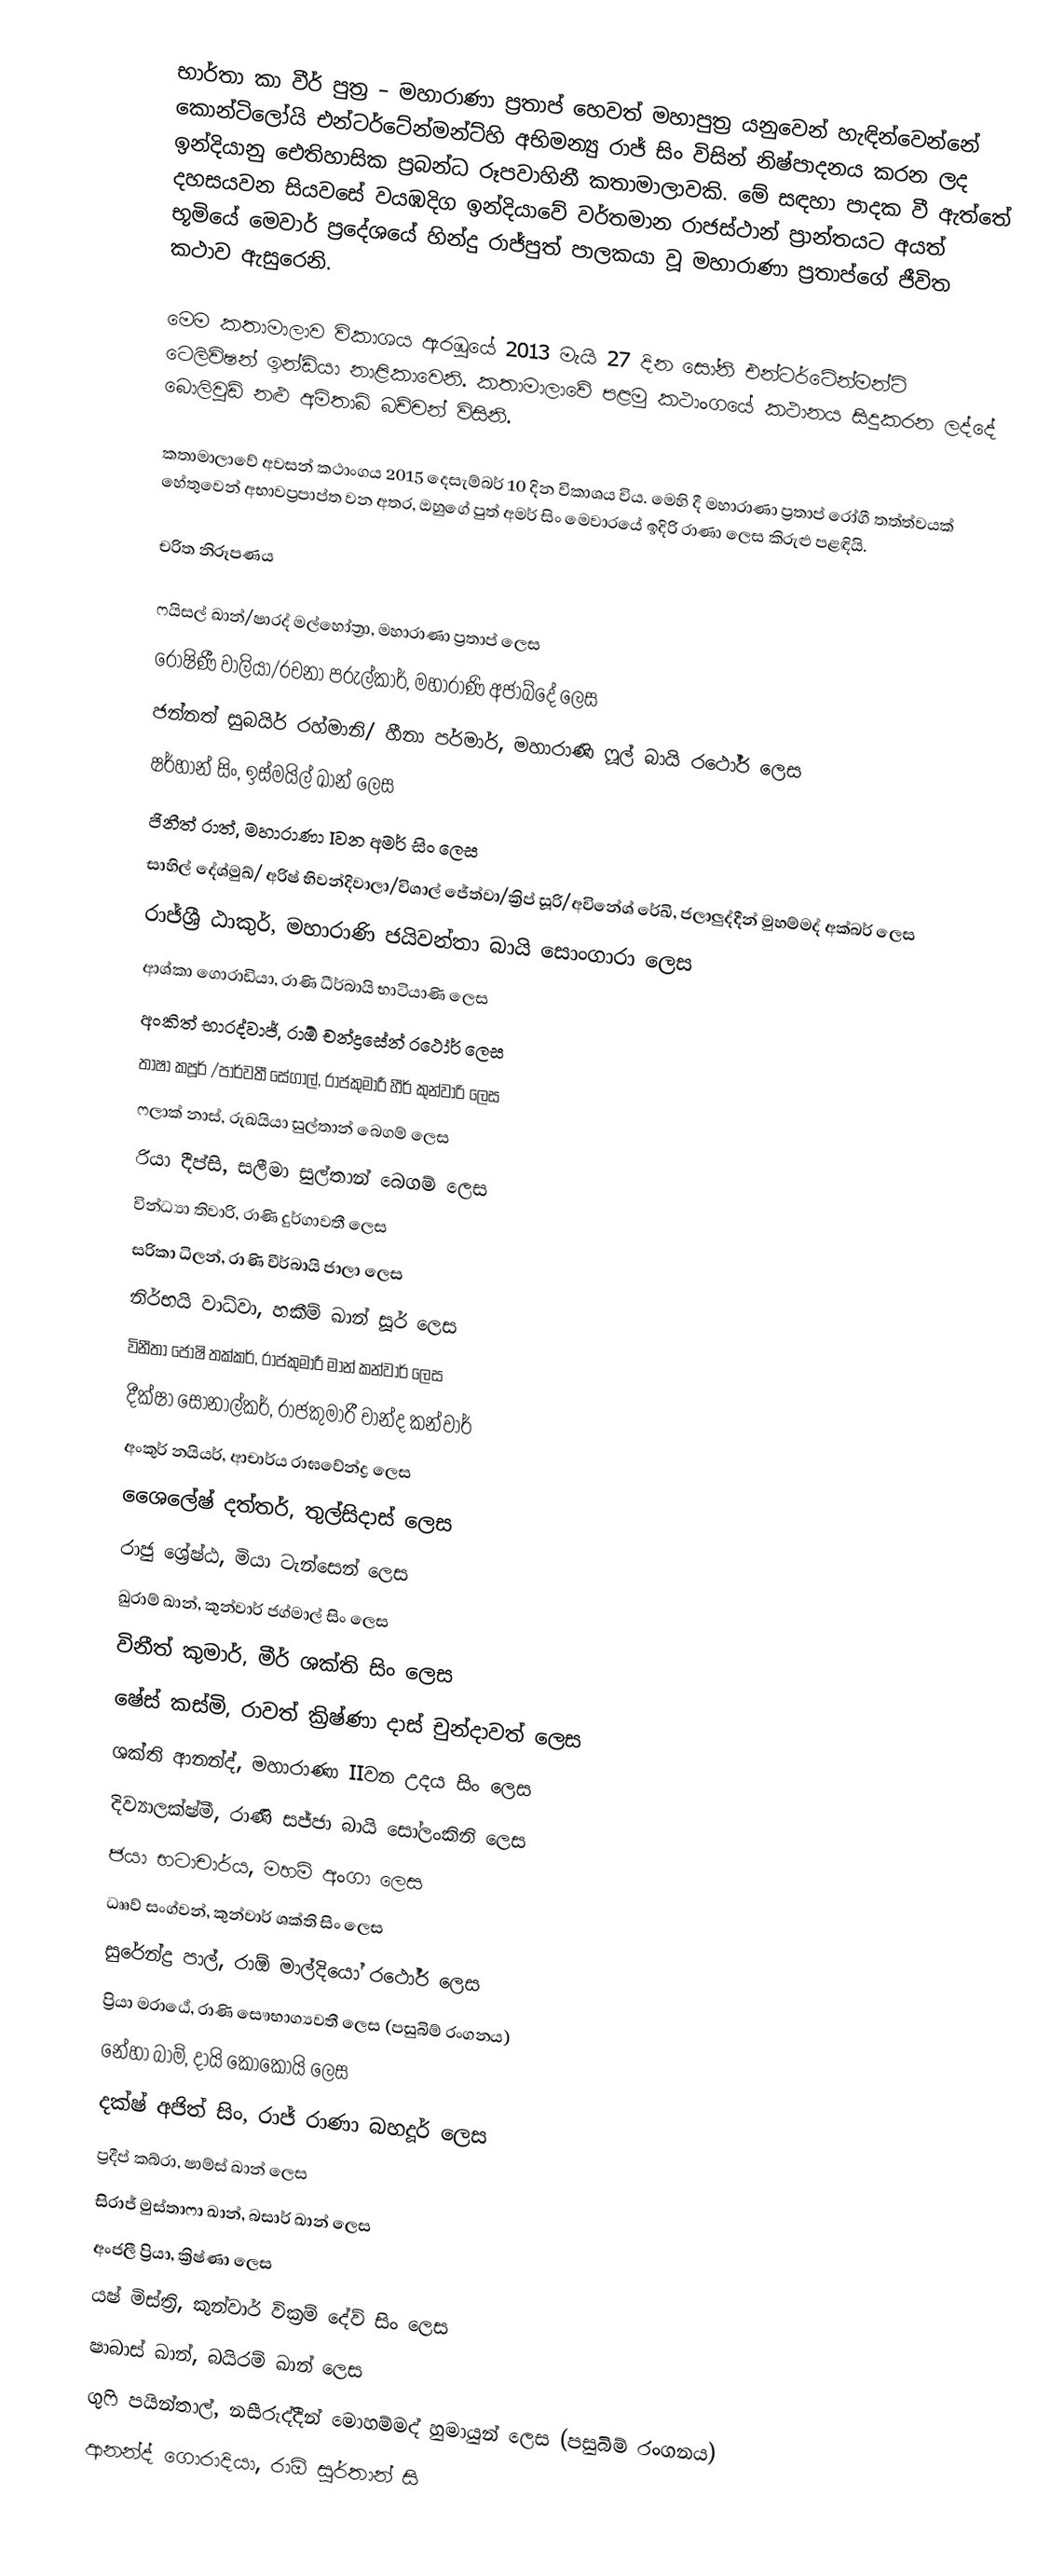
භාර්තා කා වීර් පුත්‍ර – මහාරාණා ප්‍රතාප් හෙවත් මහාපුත්‍ර යනුවෙන් හැඳින්වෙන්නේ කොන්ටිලෝයි එන්ටර්ටේන්මන්ට්හි අභිමන්‍යු රාජ් සිං විසින් නිෂ්පාදනය කරන ලද ඉන්දියානු ඓතිහාසික ප්‍රබන්ධ රූපවාහිනී කතාමාලාවකි. මේ සඳහා පාදක වී ඇත්තේ දහසයවන සියවසේ වයඹදිග ඉන්දියාවේ වර්තමාන රාජස්ථාන් ප්‍රාන්තයට අයත් භූමියේ මෙවාර් ප්‍රදේශයේ හින්දු රාජ්පුත් පාලකයා වූ මහාරාණා ප්‍රතාප්ගේ ජීවිත කථාව ඇසුරෙනි.

මෙම කතාමාලාව විකාශය ඇරඹූයේ 2013 මැයි 27 දින සෝනි එන්ටර්ටේන්මන්ට් ටෙලිවිෂන් ඉන්ඩියා නාළිකාවෙනි. කතාමාලාවේ පළමු කථාංගයේ කථානය සිදුකරන ලද්දේ බොලිවුඩ් නළු අමිතාබ් බච්චන් විසිනි.

කතාමාලාවේ අවසන් කථාංගය 2015 දෙසැම්බර් 10 දින විකාශය විය. මෙහි දී මහාරාණා ප්‍රතාප් රෝගී තත්ත්වයක් හේතුවෙන් අභාවප්‍රපාප්ත වන අතර, ඔහුගේ පුත් අමර් සිං මෙවාරයේ ඉදිරි රාණා ලෙස කිරුළු පළඳියි.

චරිත නිරූපණය

 ෆයිසල් ඛාන්/ෂාරද් මල්හෝත්‍රා, මහාරාණා ප්‍රතාප් ලෙස
 රෝෂිණී වාලියා/රචනා පරුල්කාර්, මහාරාණි අජාබ්දේ ලෙස
 ජන්නත් සුබයිර් රහ්මානි/ හීනා පර්මාර්, මහාරාණි ෆූල් බායි රථෝර් ලෙස
 ෂර්හාන් සිං, ඉස්මයිල් ඛාන් ලෙස
ජිනීත් රාත්, මහාරාණා Iවන අමර් සිං ලෙස
 සාහිල් දේශ්මුඛ්/ අරිෂ් භිවන්දිවාලා/විශාල් ජේත්වා/ක්‍රිප් සූරි/අවිනේශ් රේඛි,  ජලාලුද්දීන් මුහම්මද් අක්බර් ලෙස
 රාජ්ශ්‍රී ඨාකුර්, මහාරාණි ජයිවන්තා බායි සොංගාරා ලෙස
 ආශ්කා ගොරාඩියා, රාණි ධීර්බායි භාටියාණි ලෙස
 අංකිත් භාරද්වාජ්, රාඕ චන්ද්‍රසේන් රථෝර් ලෙස
 තාෂා කපූර් /පාර්වතී සේගාල්, රාජකුමාරී හීර් කුන්වාරි ලෙස
 ෆලාක් නාස්, රුඛයියා සුල්තාන් බෙගම් ලෙස
 රියා දීප්සි, සලීමා සුල්තාන් බෙගම් ලෙස
 වින්ධ්‍යා තිවාරි, රාණි දුර්ගාවතී ලෙස
 සරිකා ධිලන්, රාණි වීර්බායි ජාලා ලෙස
 නිර්භයි වාධ්වා, හකීම් ඛාන් සූර් ලෙස
විනීතා ජෝෂි තක්කර්, රාජකුමාරී මාන් කන්වාර් ලෙස
 දීක්ෂා සොනාල්කර්, රාජකුමාරී චාන්ද කන්වාර්
අංකුර් නයියර්, ආචාර්ය රාඝවේන්ද්‍ර ලෙස
ශෛලේෂ් දත්තර්, තුල්සිදාස් ලෙස
රාජු ශ්‍රේෂ්ඨ, මියා ටැන්සෙන් ලෙස
ඛුරාම් ඛාන්, කුන්වාර් ජග්මාල් සිං ලෙස
විනීත් කුමාර්, මීර් ශක්ති සිං ලෙස
 ෂේස් කස්මි, රාවත් ක්‍රිෂ්ණා දාස් චුන්දාවත් ලෙස
ශක්ති ආනන්ද්, මහාරාණා IIවන උදය සිං ලෙස
 දිව්‍යාලක්ෂ්මී, රාණි සජ්ජා බායි සෝලංකිනි ලෙස
 ජයා භටාචාර්ය, මහම් අංගා ලෙස
 ධෲව් සංග්වන්, කුන්වාර් ශක්ති සිං ලෙස
 සුරේන්ද්‍ර පාල්, රාඕ මාල්දියෝ රථෝර් ලෙස
 ප්‍රියා මරාඨේ, රාණි සෞභාග්‍යවතී ලෙස (පසුබිම් රංගනය)
 නේහා බාම්, දායි කොකොයි ලෙස
 දක්ෂ් අජිත් සිං, රාජ් රාණා බහදූර් ලෙස
 ප්‍රදීප් කබ්රා, ෂාම්ස් ඛාන් ලෙස
 සිරාජ් මුස්තාෆා ඛාන්, බසාර් ඛාන් ලෙස
 අංජලී ප්‍රියා, ක්‍රිෂ්ණා ලෙස
 යෂ් මිස්ත්‍රි, කුන්වාර් වික්‍රම් දේව් සිං ලෙස
 ෂාබාස් ඛාන්, බයිරම් ඛාන් ලෙස
 ගුෆි පයින්තාල්, නසීරුද්දීන් මොහම්මද් හුමායුන් ලෙස (පසුබිම් රංගනය)
 ආනන්ද් ගොරාදියා, රාඕ සුර්තාන් සි